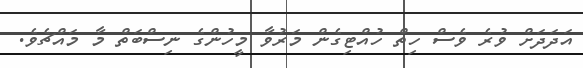
އަދަދަށް ވުރެ ވެސް ހިތް ހުއްޓިގެން މަރުވާ މީހުންގެ ނިސްބަތް މާ މައްޗެވެ.